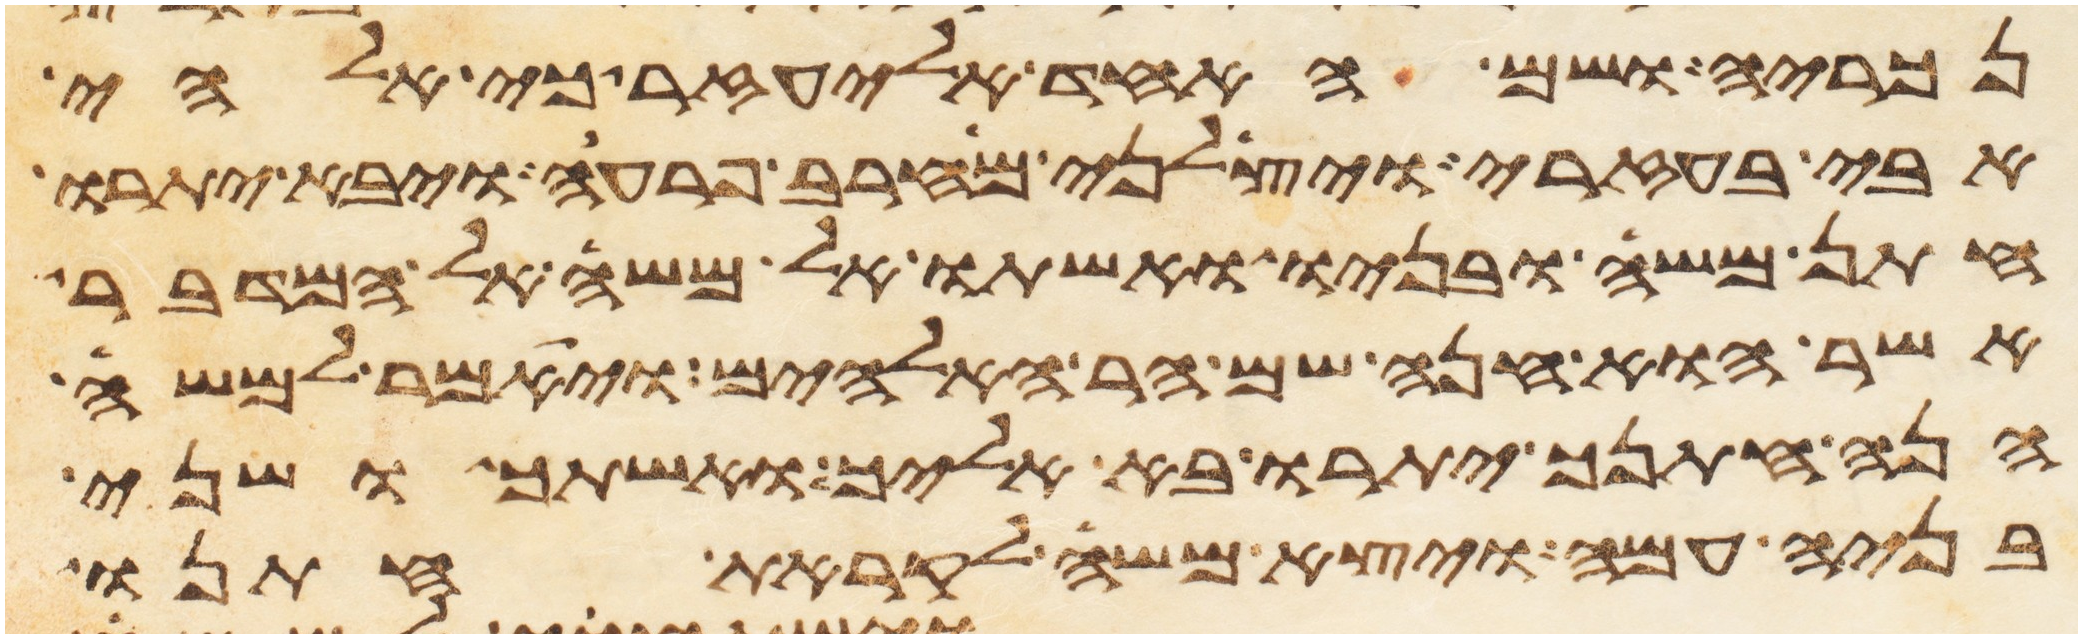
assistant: נכריה ושם האחד אליעזר כי אלהי
אבי בעזרי ויצלני מחרב פרעה ויבא יתרו
חתן משה ובניו ואשתו אל משה אל המדבר
אשר הוא חנה שם הר האלהים ויאמר למשה
הנה חתנך יתרו בא אליך ואשתך ושני
בניה עמה ויצא משה לקראת חתנו